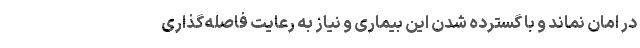
در امان نماند و با گسترده شدن این بیماری و نیاز به رعایت فاصله‌گذاری